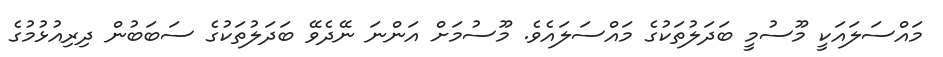
މައްސަލައަކީ މޫސުމީ ބަދަލުތަކުގެ މައްސަލައެވެ. މޫސުމަށް އަންނަ ނޭދެވޭ ބަދަލުތަކުގެ ސަބަބުން ދިރިއުޅުމުގެ